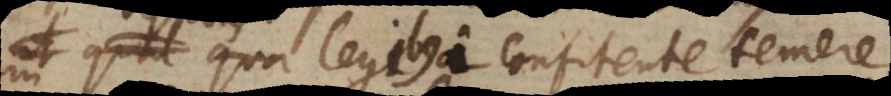
quibus legibus a confitente temere